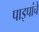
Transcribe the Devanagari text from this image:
पाइपांचे